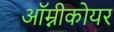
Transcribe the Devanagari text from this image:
ऑम्नीकोयर